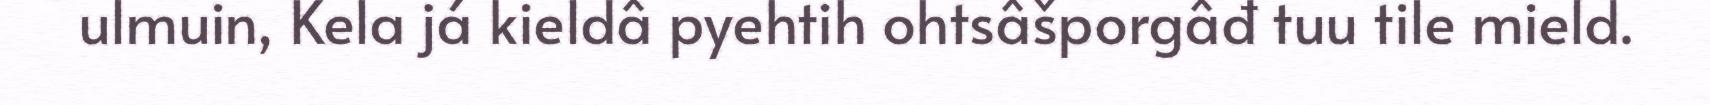
ulmuin, Kela já kieldâ pyehtih ohtsâšporgâđ tuu tile mield.